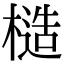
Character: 𪳤